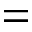
{ } = { }